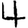
Digit: 4